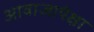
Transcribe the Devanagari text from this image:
आवाजापेक्षा